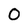
Character: O